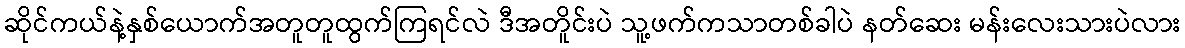
ဆိုင်ကယ်နဲ့နှစ်ယောက်အတူတူထွက်ကြရင်လဲ ဒီအတိူင်းပဲ သူ့ဖက်ကသာတစ်ခါပဲ နတ်ဆေး မန်းလေးသားပဲလား